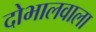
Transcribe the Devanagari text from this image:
दोभालवाला